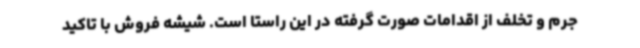
جرم و تخلف از اقدامات صورت گرفته در این راستا است. شیشه فروش با تاکید